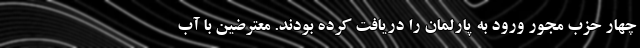
چهار حزب مجور ورود به پارلمان را دریافت کرده بودند. معترضین با آب